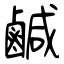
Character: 鹹